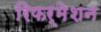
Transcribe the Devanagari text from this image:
रिफर्मेशन